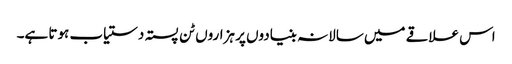
اس علاقے میں سالانہ بنیادوں پر ہزاروں ٹن پستہ دستیاب ہوتا ہے۔